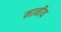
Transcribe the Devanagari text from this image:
मानीय